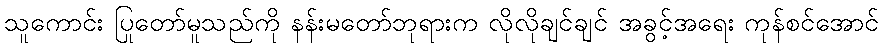
သူကောင်း ပြုတော်မူသည်ကို နန်းမတော်ဘုရားက လိုလိုချင်ချင် အခွင့်အရေး ကုန်စင်အောင်